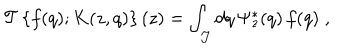
LaTeX: { \mathcal T } \left\{ f ( q ) ; K ( z , q ) \right\} ( z ) = \int _ { \mathcal J } d q \, \Psi _ { z } ^ { * } ( q ) \, f ( q ) \; ,